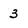
Character: 3